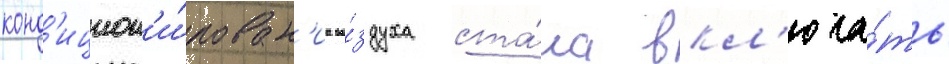
конд'ицион'и́рован'иа во́здуха ста́ла вкл'юча́ть